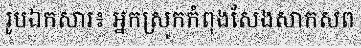
រូបឯកសារ៖ អ្នកស្រុកកំពុងសែងសាកសព